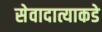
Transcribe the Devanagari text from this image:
सेवादात्याकडे